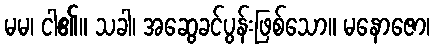
မမ၊ ငါ၏။ သခါ၊ အဆွေခင်ပွန်းဖြစ်သော။ မနောဇော၊